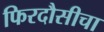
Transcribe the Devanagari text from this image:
फिरदौसीचा